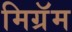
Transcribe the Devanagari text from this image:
मिग्रॅम